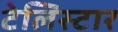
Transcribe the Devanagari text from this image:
टेलिस्टार